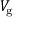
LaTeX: V _ { \mathrm { { g } } }